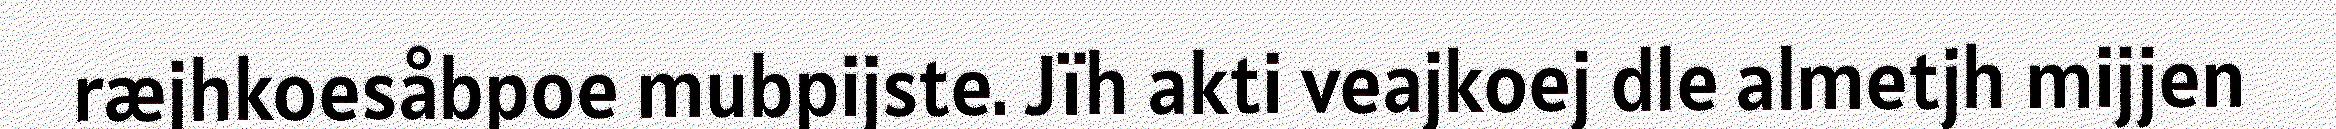
ræjhkoesåbpoe mubpijste. Jïh akti veajkoej dle almetjh mijjen